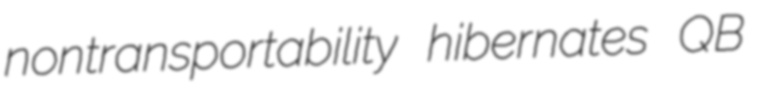
nontransportability hibernates QB